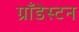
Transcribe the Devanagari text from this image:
ग्रॉंडेस्टन